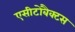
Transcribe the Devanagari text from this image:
एसीटोबैक्टस